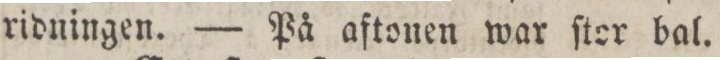
ridningen. — På aftonen war ſtor bal.